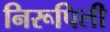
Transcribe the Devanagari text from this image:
निरूपिली